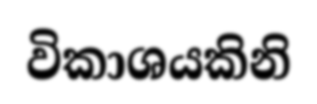
විකාශයකිනි